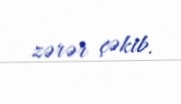
zərər çəkib.